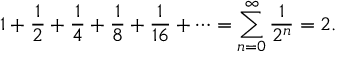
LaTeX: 1 + { \frac { 1 } { 2 } } + { \frac { 1 } { 4 } } + { \frac { 1 } { 8 } } + { \frac { 1 } { 1 6 } } + \cdots = \sum _ { n = 0 } ^ { \infty } { \frac { 1 } { 2 ^ { n } } } = 2 .